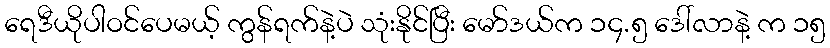
ရေဒီယိုပါဝင်ပေမယ့် ကွန်ရက်နဲ့ပဲ သုံးနိုင်ပြီး မော်ဒယ်က ၁၄.၅ ဒေါ်လာနဲ့ က ၁၅